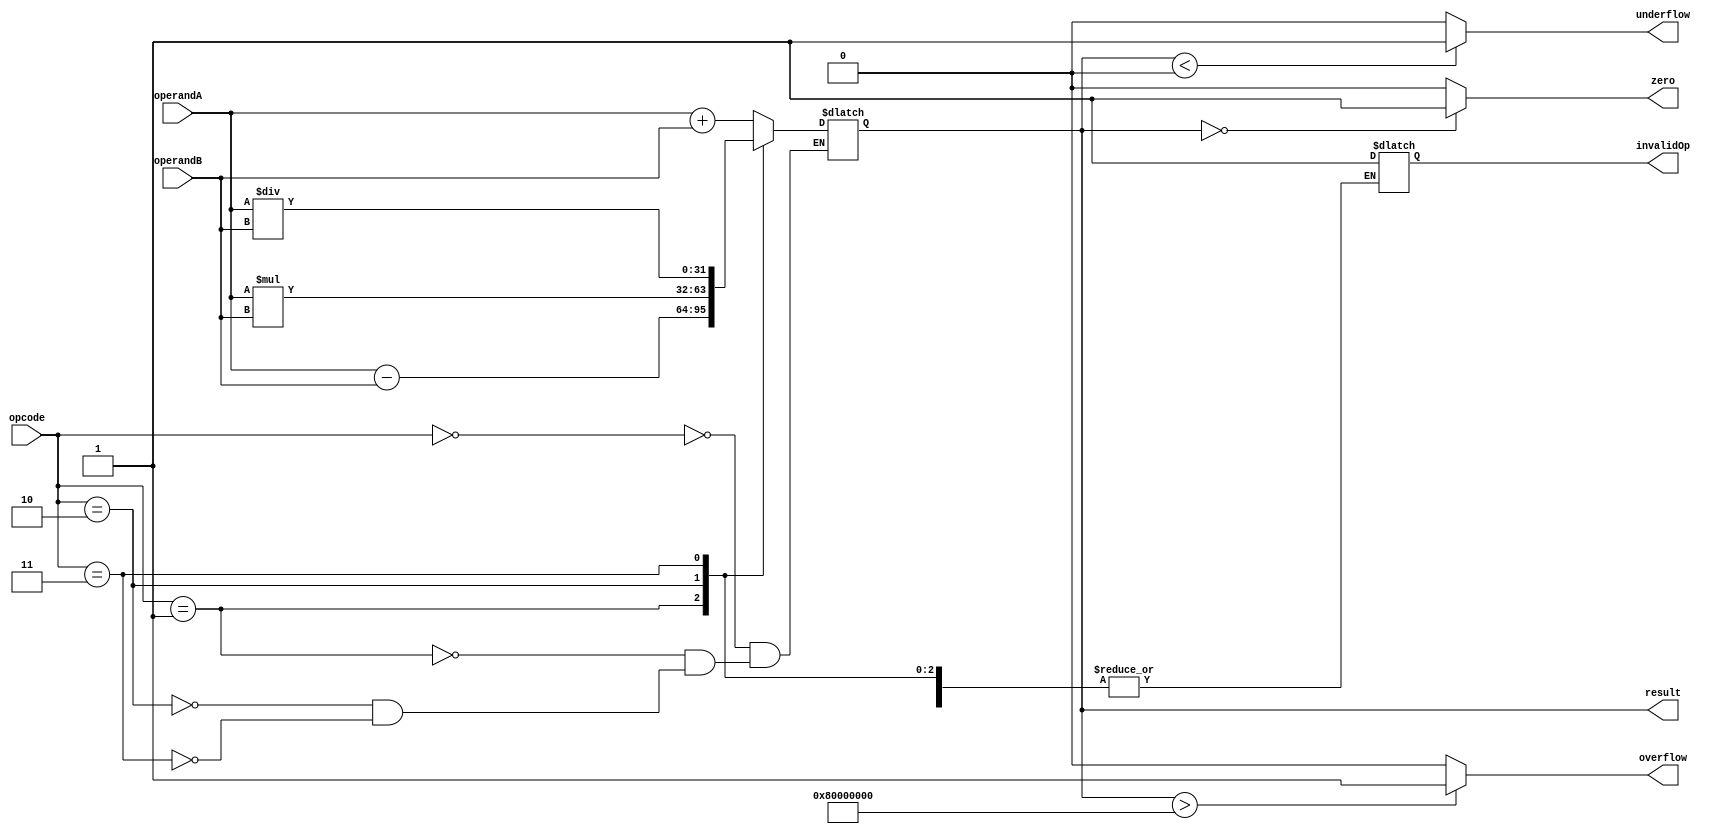
module FloatingPointALU (
    input wire [31:0] operandA,
    input wire [31:0] operandB,
    input wire [3:0] opcode,
    output reg [31:0] result,
    output reg zero,
    output reg overflow,
    output reg underflow,
    output reg invalidOp
);

// Input and output registers for operands and result
reg [31:0] reg_operandA;
reg [31:0] reg_operandB;
reg [31:0] reg_result;

// Control logic to select operation
always @ (opcode)
begin
    case(opcode)
        4'h0: reg_result <= reg_operandA + reg_operandB; // Addition
        4'h1: reg_result <= reg_operandA - reg_operandB; // Subtraction
        4'h2: reg_result <= reg_operandA * reg_operandB; // Multiplication
        4'h3: reg_result <= reg_operandA / reg_operandB; // Division
        default: invalidOp <= 1; // Invalid operation
    endcase
end

// Error checking mechanisms
always @ (reg_result)
begin
    if(reg_result == 0) zero <= 1;
    else zero <= 0;

    if(reg_result > 2**31) overflow <= 1;
    else overflow <= 0;

    if(reg_result < 2**(-31)) underflow <= 1;
    else underflow <= 0;
end

// Floating point special cases handling
// TODO: Add support for denormalized numbers, infinities, and NaNs

// Assign inputs to registers
always @ (operandA, operandB)
begin
    reg_operandA <= operandA;
    reg_operandB <= operandB;
end

// Assign result to output
always @ (reg_result)
begin
    result <= reg_result;
end

endmodule